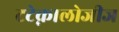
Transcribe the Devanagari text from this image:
टटेक्नालोजीज